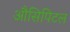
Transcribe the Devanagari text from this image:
औसिपिटल